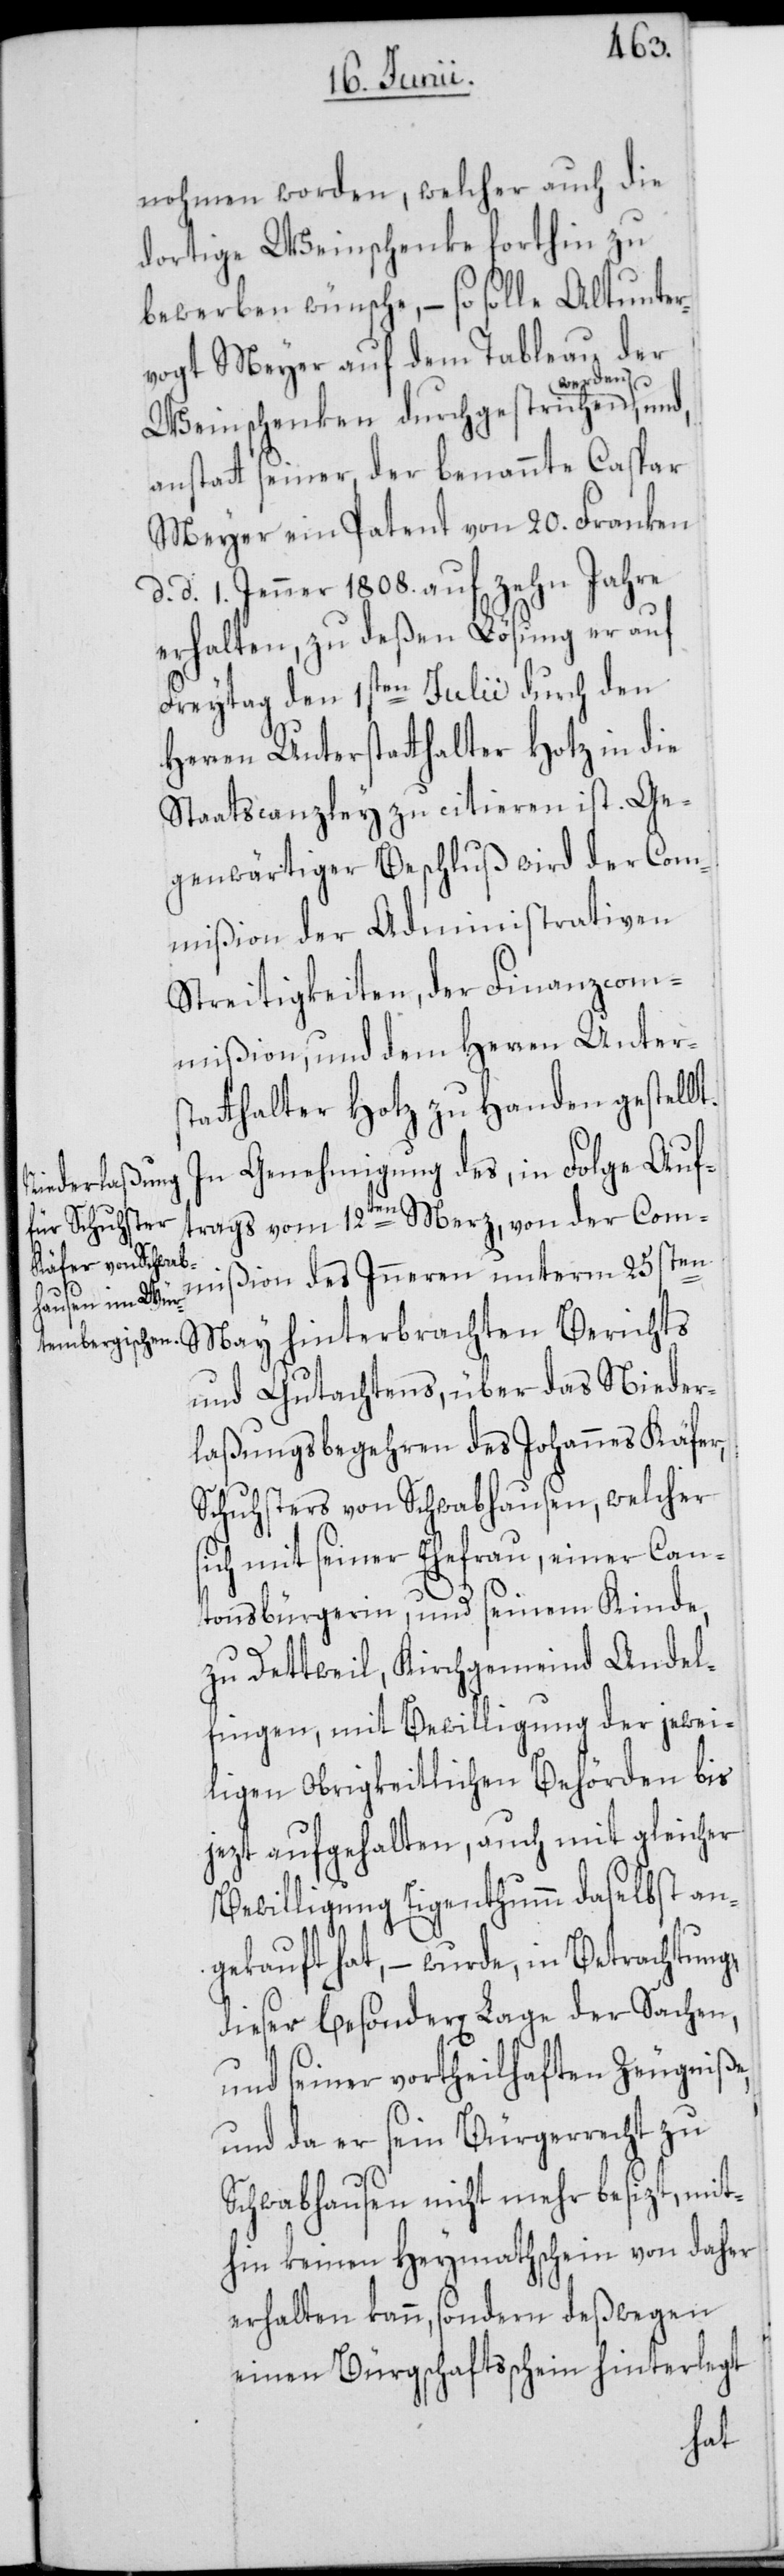
nohmen worden, welcher auch die
dortige Weinschenke forthin zu
bewerben wünsche, – so solle Altunter¬
vogt Meyer auf dem Tableau der
Weinschenken durchgestrichen
anstatt seiner, der benannte Caspar
Meyer ein Patent von 20. Franken,
d. d. 1. Jenner 1808. auf zehn Jahre
erhalten, zu deßen Lösung er auf
Freytag den 1sten Julii durch den
Herren Unterstatthalter Hotz in die
Staatscanzley zu citieren ist. Ge¬
genwärtiger Beschluß wird der Com¬
mißion der Administrativen
Streitigkeiten, der Finanzcom¬
mißion, und dem Herren Unter¬
statthalter Hotz zu Handen gestellt.
In Genehmigung des, in Folge Auf¬
trags vom 12ten Merz, von der Com¬
mißion des Inneren unterm 25sten
May hinterbrachten Berichts
und Gutachtens, über das Nieder¬
laßungsbegehren des Johannes Käfer,
Schuhsters von Schwabhausen, welcher
sich mit seiner Ehefrau, einer Can¬
tonsbürgerin, und seinem Kinde,
zu Dettweil, Kirchgemeind Andel¬
fingen, mit Bewilligung der jewei¬
ligen Obrigkeitlichen Behörden bis
jezt aufgehalten, auch mit gleicher
Bewilligung Eigenthumm daselbst an¬
gekauft hat, – wurde, in Betrachtung,
dieser besonder[en] Lage der Sachen,
und seiner vortheilhaften Zeugniße,
und da er sein Bürgerrecht zu
Schwabhausen nicht mehr besizt, mit¬
hin keinen Heymathschein von daher
erhalten kann, sondern deßwegen
einen Bürgschaftsschein hinterlegt